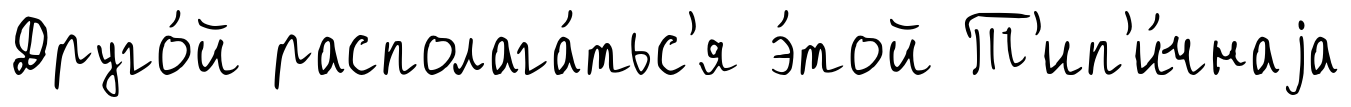
Друго́й располага́тьс'я э́той Т'ип'и́чнаjа